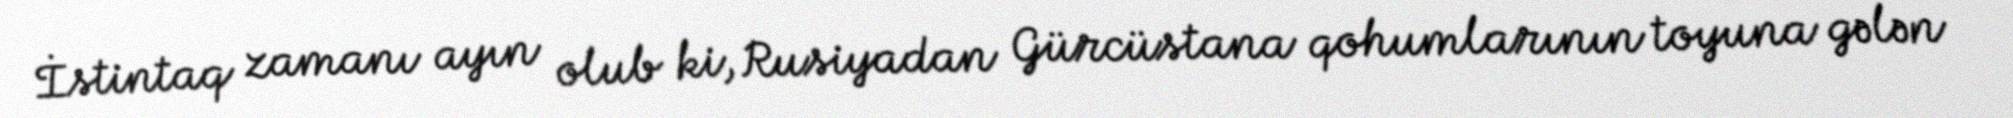
İstintaq zamanı ayın olub ki, Rusiyadan Gürcüstana qohumlarının toyuna gələn